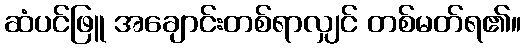
ဆံပင်ဖြူ အချောင်းတစ်ရာလျှင် တစ်မတ်ရ၏။